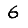
Digit: 6